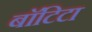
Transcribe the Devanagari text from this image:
बाॅटिटा